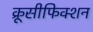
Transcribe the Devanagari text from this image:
क्रूसीफिक्शन